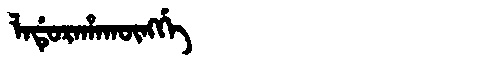
Manchu: ᠯᠠᡩᡠᡵᠠᡥᠠᡴᡡᠩᡤᡝ
Romanization: LADURAHAKŪNGGE